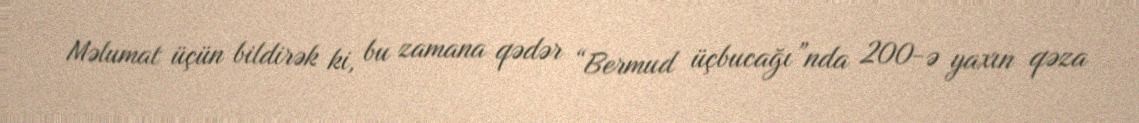
Məlumat üçün bildirək ki, bu zamana qədər “Bermud üçbucağı”nda 200-ə yaxın qəza